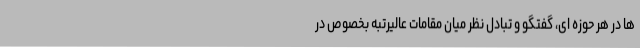
ها در هر حوزه ای، گفتگو و تبادل نظر میان مقامات عالیرتبه بخصوص در